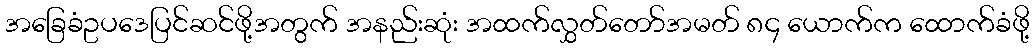
အခြေခံဥပဒေပြင်ဆင်ဖို့အတွက် အနည်းဆုံး အထက်လွှတ်တော်အမတ် ၈၄ ယောက်က ထောက်ခံဖို့